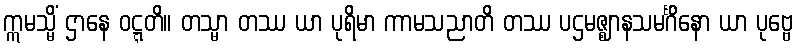
ဣမသ္မိံ ဌာနေ ဝဋ္ဋတိ။ တသ္မာ တဿ ယာ ပုရိမာ ကာမသညာတိ တဿ ပဌမဇ္ဈာနသမင်္ဂိနော ယာ ပုဗ္ဗေ